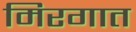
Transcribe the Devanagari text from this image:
मिरगात